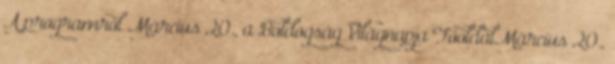
A programról Március 20., a Boldogság Világnapja FőoldalMárcius 20.,